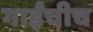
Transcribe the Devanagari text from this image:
गाईंचीच